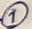
Text: 1